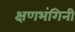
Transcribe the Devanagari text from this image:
क्षणभंगिनी